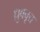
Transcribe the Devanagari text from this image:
ध्रुववृत्त